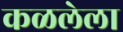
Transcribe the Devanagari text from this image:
कळलेला